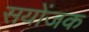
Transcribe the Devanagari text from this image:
सयोंजक